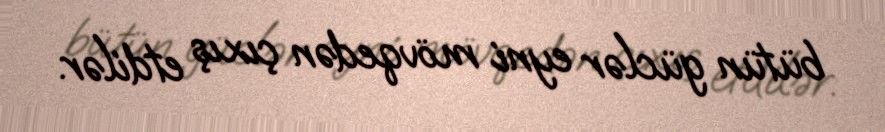
bütün güclər eyni mövqedən çıxış etdilər.